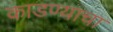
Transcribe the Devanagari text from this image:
काडण्याचा